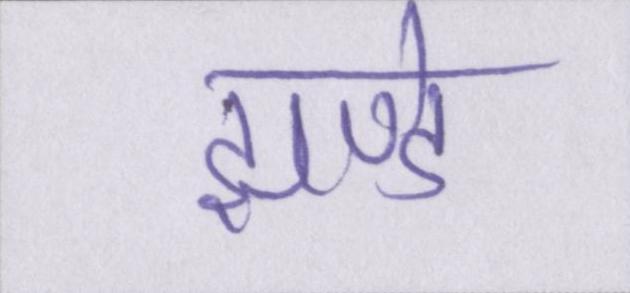
झण्डे